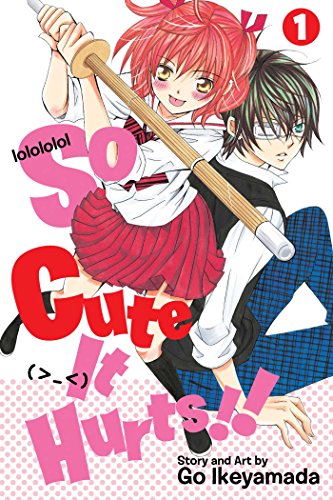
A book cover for So Cute It Hurts!!, Vol. 1; Go Ikeyamada; Teen & Young Adult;